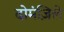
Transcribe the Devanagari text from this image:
दोमंज़िले